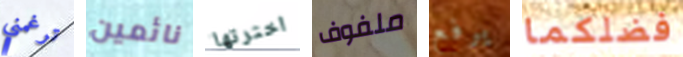
ترغمني نائمين اخترتها ملفوف يرفع فضلكما